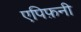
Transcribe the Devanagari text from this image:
एपिफ़नी